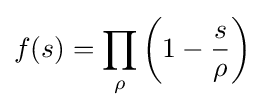
f(s)=\prod _{\rho }{\left(1-{\frac {s}{\rho }}\right)}